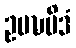
ဥပဍ္ဎမိဒံ